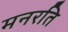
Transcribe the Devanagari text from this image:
मनरति